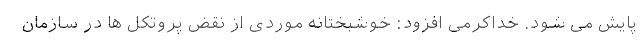
پایش می شود. خداکرمی افزود: خوشبختانه موردی از نقض پروتکل ها در سازمان